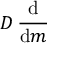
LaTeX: D \, { \frac { \mathrm { d } } { \mathrm { d } m } }